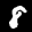
Label: 8